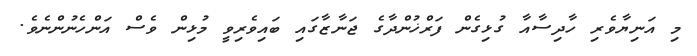
މި އަނިޔާވެރި ހާދިސާއާ ގުޅިގެން ފަރްޚުންދާގެ ޖަނާޒާގައި ބައިވެރިވީ މުޅިން ވެސް އަންހެނުންނެވެ.